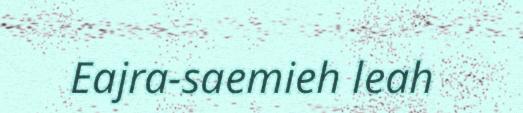
Eajra-saemieh leah